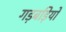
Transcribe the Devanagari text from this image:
गड़बड़ियों